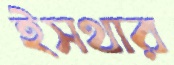
ইসথার